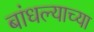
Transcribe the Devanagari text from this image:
बांधल्याच्या